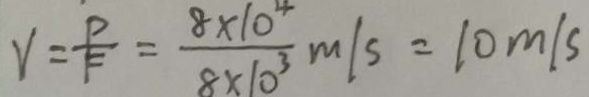
y = \frac { P } { F } = \frac { 8 \times 1 0 ^ { 4 } } { 8 \times 1 0 ^ { 3 } } m / s = 1 0 m / s